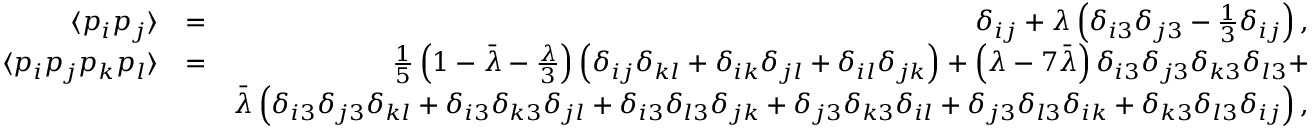
\begin{array} { r l r } { \langle p _ { i } p _ { j } \rangle } & { = } & { \delta _ { i j } + \lambda \left( \delta _ { i 3 } \delta _ { j 3 } - \frac { 1 } { 3 } \delta _ { i j } \right) , } \\ { \langle p _ { i } p _ { j } p _ { k } p _ { l } \rangle } & { = } & { \frac { 1 } { 5 } \left( 1 - \bar { \lambda } - \frac { \lambda } { 3 } \right) \left( \delta _ { i j } \delta _ { k l } + \delta _ { i k } \delta _ { j l } + \delta _ { i l } \delta _ { j k } \right) + \left( \lambda - 7 \bar { \lambda } \right) \delta _ { i 3 } \delta _ { j 3 } \delta _ { k 3 } \delta _ { l 3 } + } \\ & { } & { \bar { \lambda } \left( \delta _ { i 3 } \delta _ { j 3 } \delta _ { k l } + \delta _ { i 3 } \delta _ { k 3 } \delta _ { j l } + \delta _ { i 3 } \delta _ { l 3 } \delta _ { j k } + \delta _ { j 3 } \delta _ { k 3 } \delta _ { i l } + \delta _ { j 3 } \delta _ { l 3 } \delta _ { i k } + \delta _ { k 3 } \delta _ { l 3 } \delta _ { i j } \right) , } \end{array}